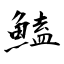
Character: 鰪